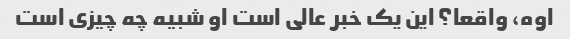
اوه، واقعا؟ این یک خبر عالی است او شبیه چه چیزی است